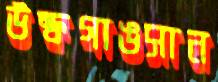
উল্ফগাঙসান